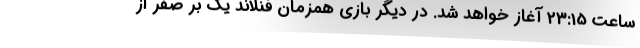
ساعت 23:15 آغاز خواهد شد. در دیگر بازی همزمان فنلاند یک بر صفر از